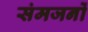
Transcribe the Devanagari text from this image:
संमजनों